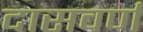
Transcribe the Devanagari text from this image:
दासवर्ण